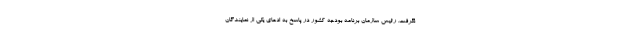
نگرفت. رئیس سازمان برنامه بودجه کشور در پاسخ به ادعای یکی از نمایندگان